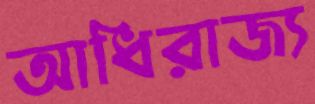
আধিরাজ্য